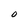
Character: O